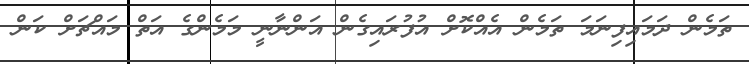
ތަމެން ދަމައިފިނަމަ ތަމެން އެއްކޮށް އުފުރައިގެން އަންނާނީ މަމެންގެ އަތް މައްޗަށް ކަން